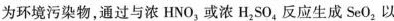
为环境污染物，通过与浓HNO_{3}或浓H_{2}SO_{4}反应生成SeO_{2}以